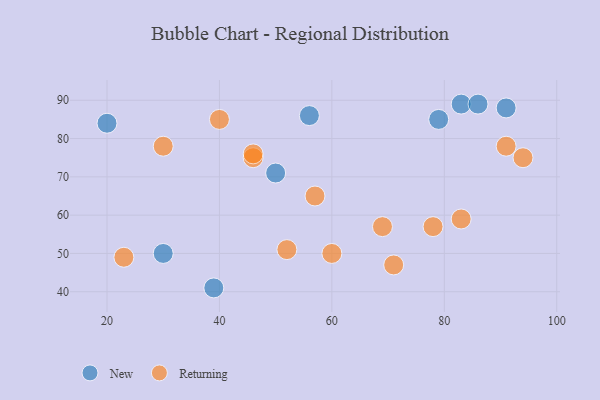
{"axis": {"x": "GDP", "y": "Life Expectancy"}, "legend": ["New", "Returning"], "data": [{"x": "20", "y": 84, "type": "New"}, {"x": "39", "y": 41, "type": "New"}, {"x": "79", "y": 85, "type": "New"}, {"x": "91", "y": 88, "type": "New"}, {"x": "50", "y": 71, "type": "New"}, {"x": "56", "y": 86, "type": "New"}, {"x": "83", "y": 89, "type": "New"}, {"x": "86", "y": 89, "type": "New"}, {"x": "30", "y": 50, "type": "New"}, {"x": "40", "y": 85, "type": "Returning"}, {"x": "60", "y": 50, "type": "Returning"}, {"x": "71", "y": 47, "type": "Returning"}, {"x": "83", "y": 59, "type": "Returning"}, {"x": "30", "y": 78, "type": "Returning"}, {"x": "91", "y": 78, "type": "Returning"}, {"x": "57", "y": 65, "type": "Returning"}, {"x": "69", "y": 57, "type": "Returning"}, {"x": "94", "y": 75, "type": "Returning"}, {"x": "78", "y": 57, "type": "Returning"}, {"x": "52", "y": 51, "type": "Returning"}, {"x": "23", "y": 49, "type": "Returning"}, {"x": "46", "y": 75, "type": "Returning"}, {"x": "46", "y": 76, "type": "Returning"}]}